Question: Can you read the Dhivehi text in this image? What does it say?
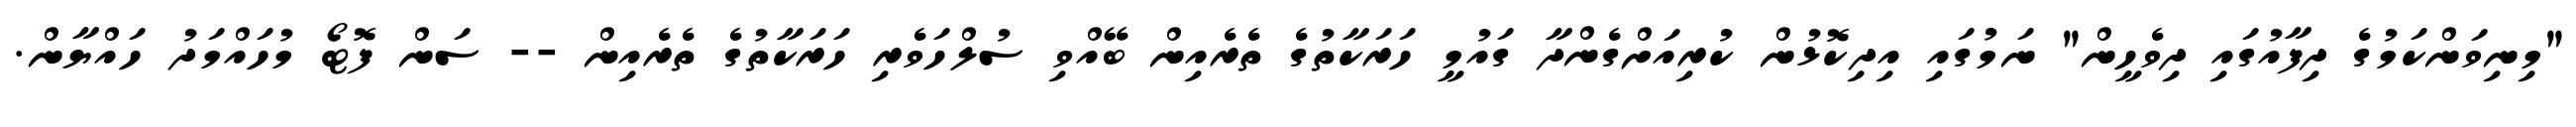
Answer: "މިނިވަންކަމުގެ ދިފާއުގައި ދިވެހީން" ނަމުގައި އިދިކޮޅުން ކުރިއަށްގެންދާ ގައުމީ ހަރަކާތުގެ ތެރެއިން ބޭއްވި ސުލްހަވެރި ހަރަކާތުގެ ތެރެއިން -- ސަން ފޮޓޯ މުހައްމަދު ހައްޔާން.